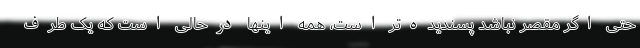
حتی اگر مقصر نباشد پسندیده‌تر است، همه اینها درحالی است که یک طرف